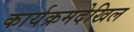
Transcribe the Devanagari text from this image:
कार्यक्रमदेखिल